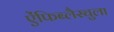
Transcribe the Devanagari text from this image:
ऐंफिब्लैस्चुला